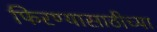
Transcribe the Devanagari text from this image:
फिरण्यासाठीच्या